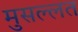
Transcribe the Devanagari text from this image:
मुसल्लत